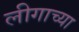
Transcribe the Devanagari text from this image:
लीगाच्या